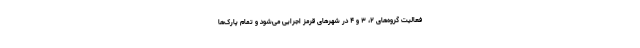
فعالیت گروه‌های ۲، ۳ و ۴ در شهرهای قرمز اجرایی می‌شود و تمام پارک‌ها